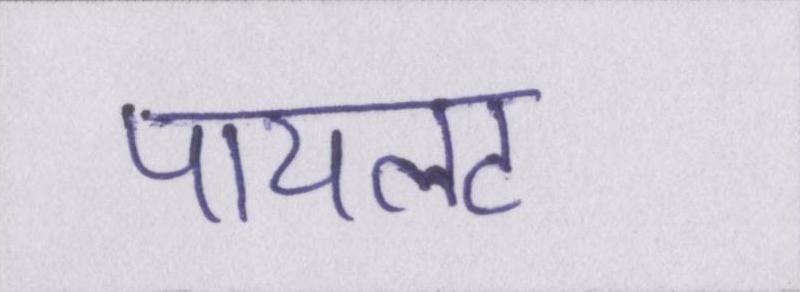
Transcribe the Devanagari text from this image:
पायलट